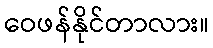
ဝေဖန်နိုင်တာလား။